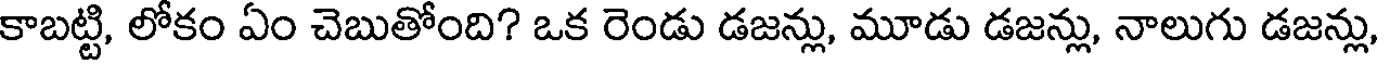
కాబట్టి, లోకం ఏం చెబుతోంది? ఒక రెండు డజన్లు, మూడు డజన్లు, నాలుగు డజన్లు